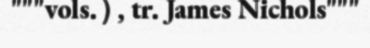
"""vols. ) , tr. James Nichols"""